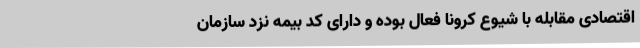
اقتصادی مقابله با شیوع کرونا فعال بوده و دارای کد بیمه نزد سازمان